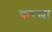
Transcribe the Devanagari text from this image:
करखा